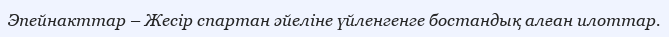
Эпейнакттар – Жесір спартан әйеліне үйленгенге бостандық алған илоттар.